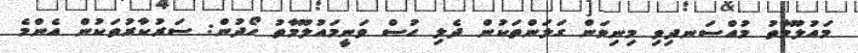
މައުލޫމާތު މުއްސަނދިވި މިނިވަން ގަލަންތަކުން ދެލި ހުސް ވަނީމައުލޫމާތު ހޯދުން: ސަރުކާރުތަކުން އެންމެ